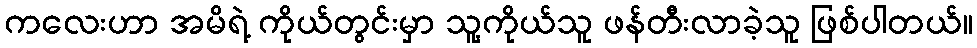
ကလေးဟာ အမိရဲ့ ကိုယ်တွင်းမှာ သူ့ကိုယ်သူ ဖန်တီးလာခဲ့သူ ဖြစ်ပါတယ်။